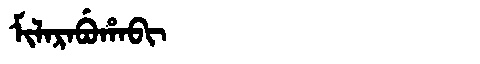
Manchu: ᠮᡳᠯᠠᡵᠠᠪᡠᡥᠠᠪᡳ
Romanization: MILARABUHABI